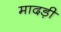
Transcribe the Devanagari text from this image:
मादड़ी